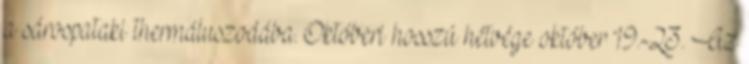
a sárospataki thermáluszodába. Októberi hosszú hétvége október 19.-23. Az